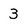
Character: 3